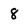
Character: 8